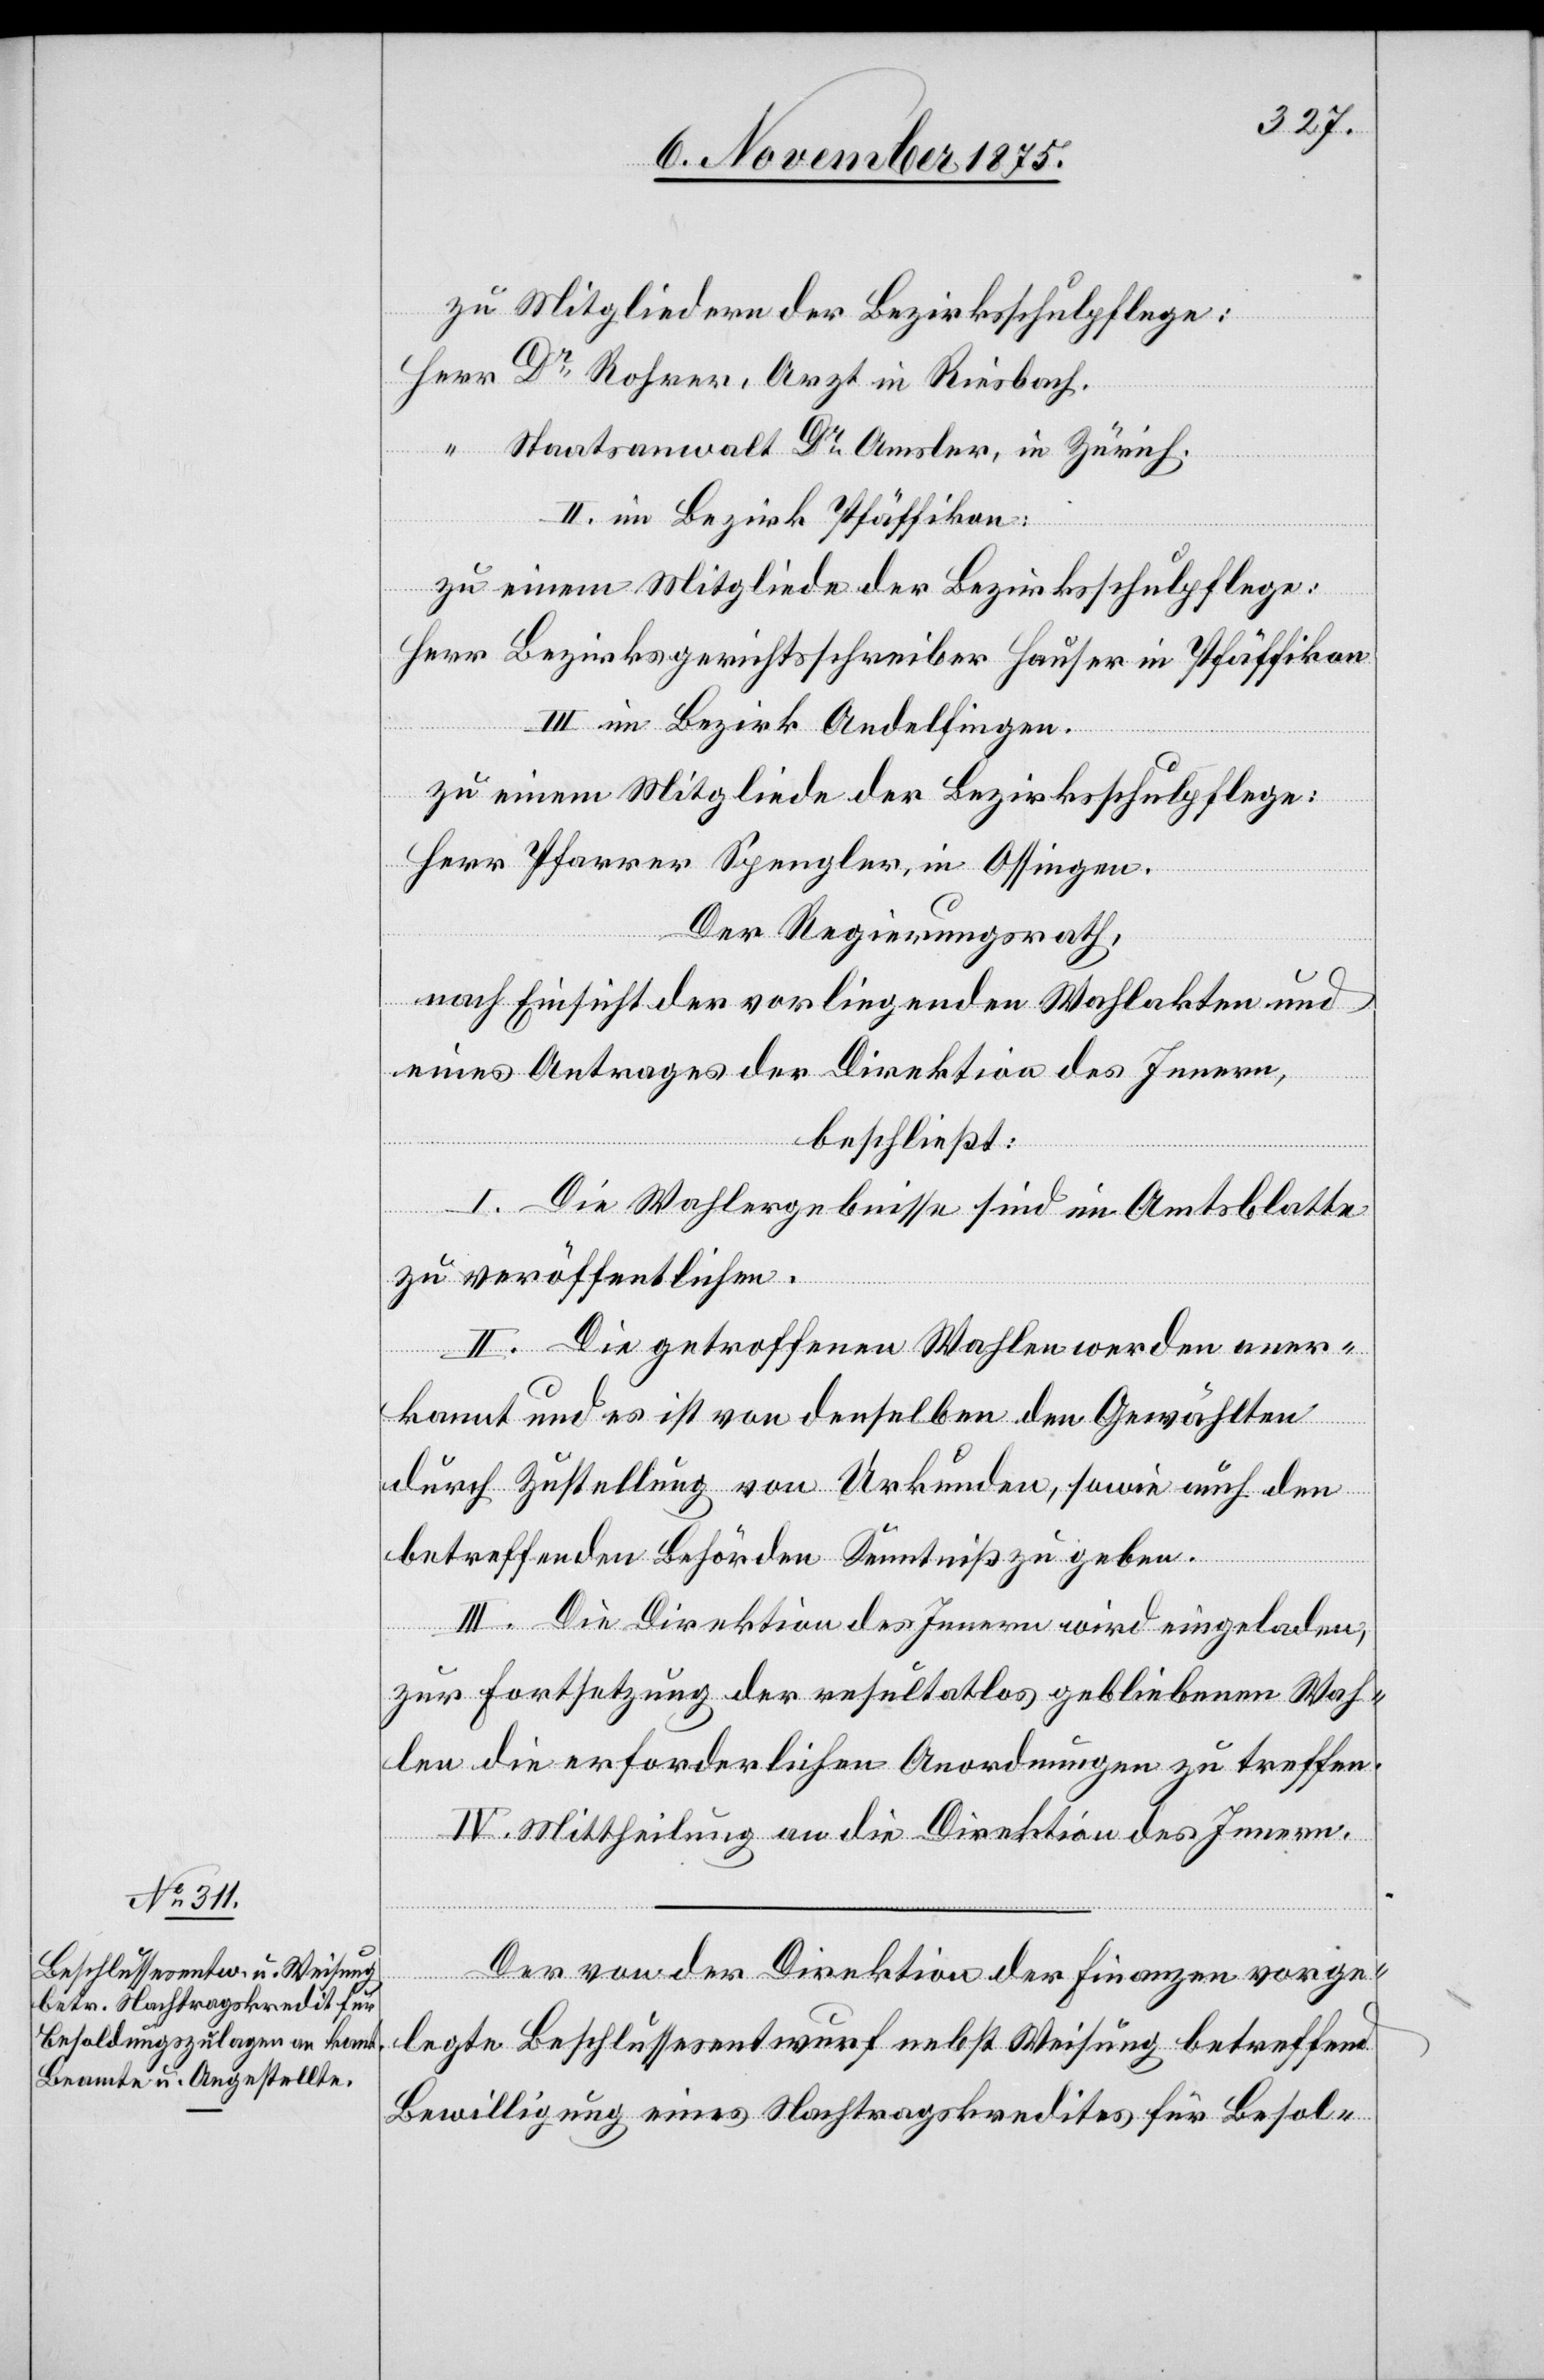
zu Mitgliedern der Bezirksschulpflege:
Staatsanwalt Dr Amsler, in Zürich.
II. im Bezirk Pfäffikon:
zu einem Mitgliede der Bezirksschulpflege:
Herr Bezirksgerichtsschreiber Hauser in Pfäffikon.
III. im Bezirk Andelfingen
zu einem Mitgliede der Bezirksschulpflege:
Herr Pfarrer Spengler, in Ossingen.
Der Regierungsrath,
nach Einsicht der vorliegenden Wahlakten und
eines Antrages der Direktion des Innern,
beschließt:
Riesbach.
I. Die Wahlergebnisse sind im Amtsblatte
zu veröffentlichen.
II. Die getroffenen Wahlen werden aner¬
kannt und es ist von denselben den Gewählten
durch Zustellung von Urkunden, sowie auch den
betreffenden Behörden Kenntniß zu geben.
III. Die Direktion des Innern wird eingeladen,
zur Fortsetzung der resultatlos gebliebenen Wah¬
len die erforderlichen Anordnungen zu treffen.
IV. Mittheilung an die Direktion des Innern.
Der von der Direktion der Finanzen vorge¬
legte Beschlussesentwurf nebst Weisung betreffend
Bewilligung eines Nachtragskredites für Besol-